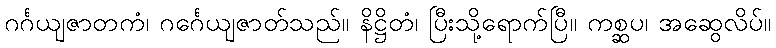
ဂင်္ဂယျဇာတကံ၊ ဂင်္ဂေယျဇာတ်သည်။ နိဋ္ဌိတံ၊ ပြီးသို့ရောက်ပြီ။ ကစ္ဆပ၊ အဆွေလိပ်။